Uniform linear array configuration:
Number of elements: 48
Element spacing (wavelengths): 0.5
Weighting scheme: blackman
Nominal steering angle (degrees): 30
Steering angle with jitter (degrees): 31.263
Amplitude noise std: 0.05
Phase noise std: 0.05

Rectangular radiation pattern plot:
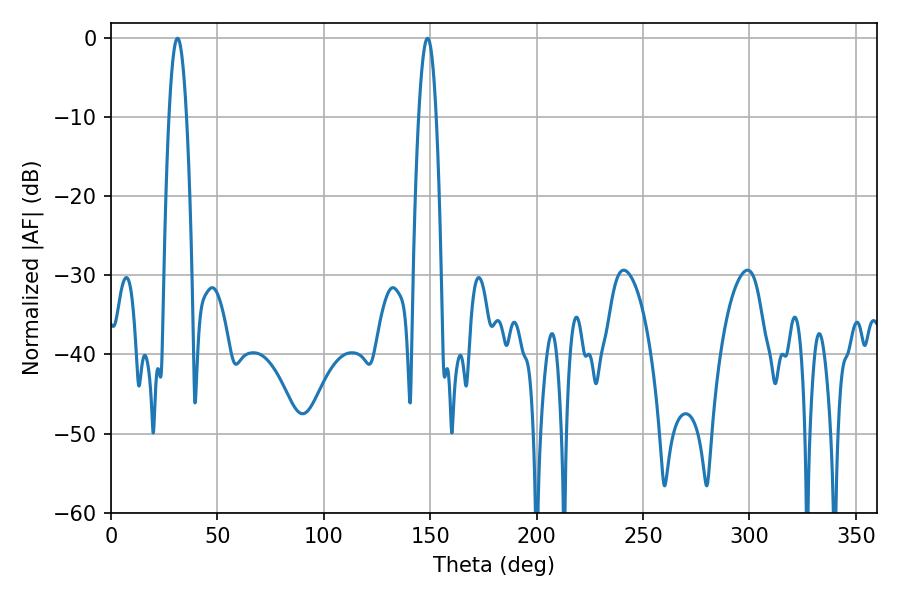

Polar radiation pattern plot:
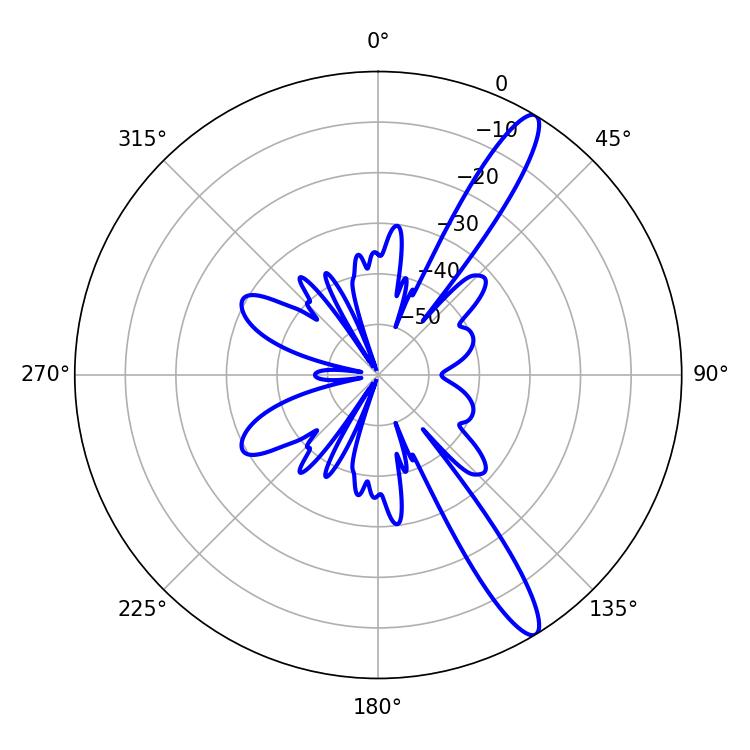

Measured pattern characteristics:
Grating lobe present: FALSE
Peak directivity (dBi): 13.531
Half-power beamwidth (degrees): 4.5
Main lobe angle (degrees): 148.68